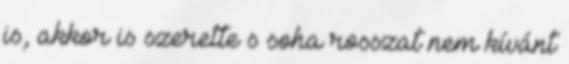
is, akkor is szerette s soha rosszat nem kívánt